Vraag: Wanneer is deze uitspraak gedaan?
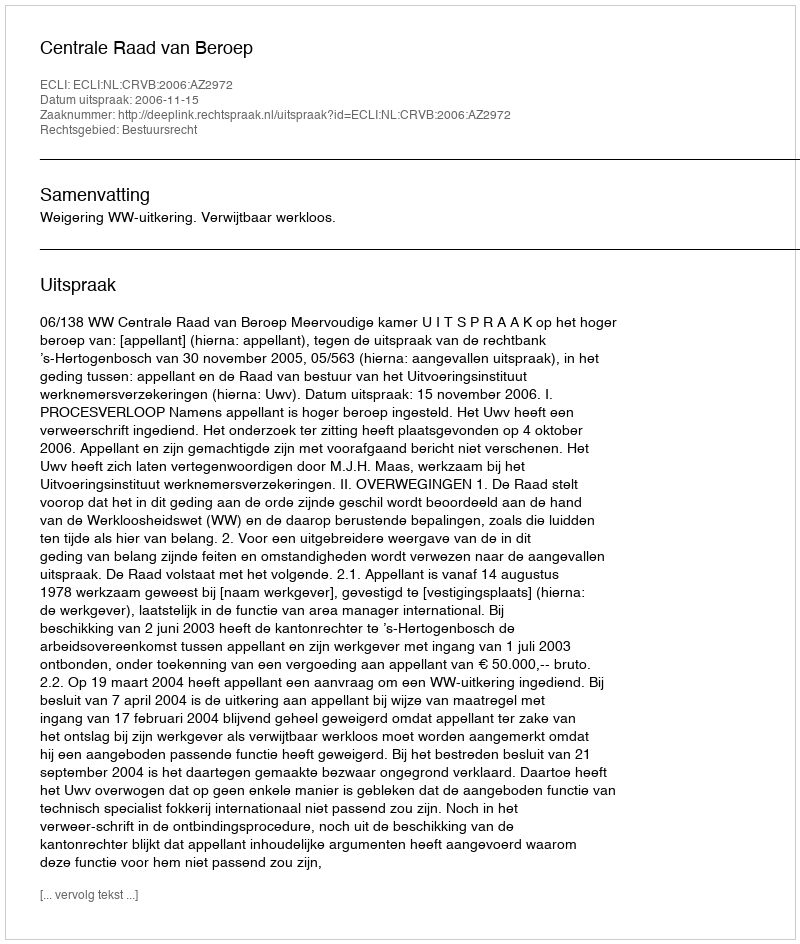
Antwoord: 2006-11-15